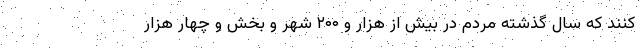
کنند که سال گذشته مردم در بیش از هزار و ۲۰۰ شهر و بخش و چهار هزار